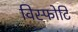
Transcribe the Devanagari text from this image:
विस्फोटि